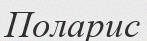
Поларис